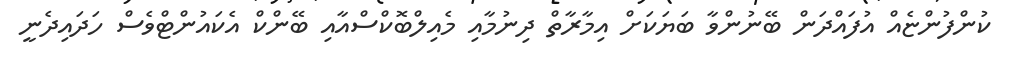
ކުންފުންޏެއް އުފައްދަން ބޭނުންވާ ބަޔަކަށް އިމާރާތް ދިނުމާއި މެއިލްބޮކްސްއާއި ބޭންކް އެކައުންޓްވެސް ހަދައިދެނީ